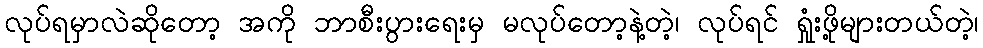
လုပ်ရမှာလဲဆိုတော့ အကို ဘာစီးပွားရေးမှ မလုပ်တော့နဲ့တဲ့၊ လုပ်ရင် ရှုံးဖို့များတယ်တဲ့၊